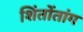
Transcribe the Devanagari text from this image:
शिंतोंतांग